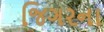
જિગરના